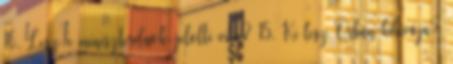
16. Lesz-e miniszterelnök-jelölti vita? 15. Ki lesz Orbán kihívója?